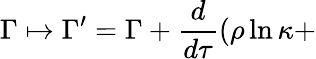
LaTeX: \Gamma\mapsto\Gamma^{\prime}=\Gamma+\frac{d}{d\tau}(\rho\ln\kappa+